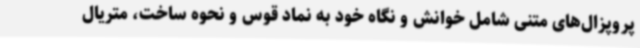
پروپزال‌های متنی شامل خوانش و نگاه خود به نماد قوس و نحوه ساخت، متریال